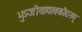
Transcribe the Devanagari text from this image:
भुञ्जीयाद्यावकौदनम्